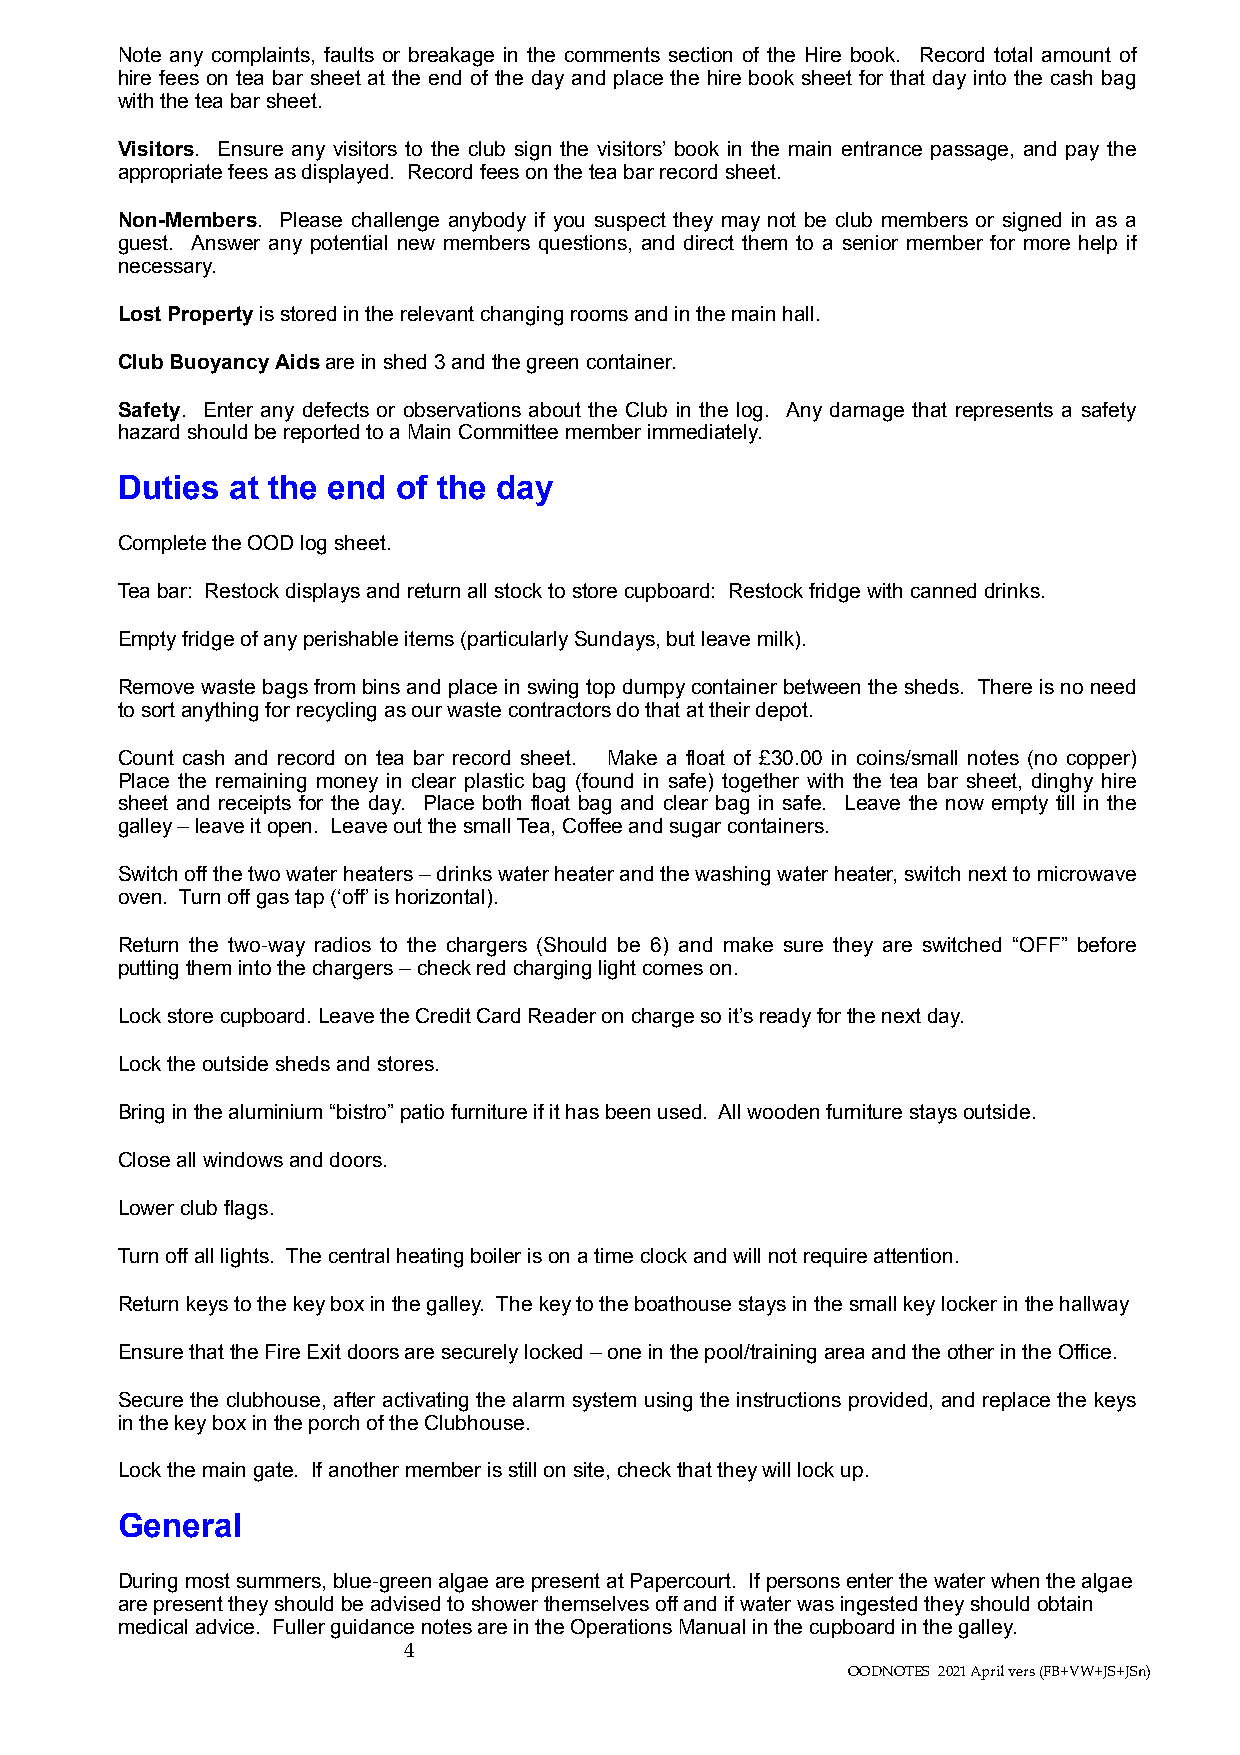
Note any complaints, faults or breakage in the comments section of the Hire book. Record total amount of
 hire fees on tea bar sheet at the end of the day and place the hire book sheet for that day into the cash bag
 with the tea bar sheet.
 Visitors. Ensure any visitors to the club sign the visitors’ book in the main entrance passage, and pay the
 appropriate fees as displayed. Record fees on the tea bar record sheet.
 Non-Members. Please challenge anybody if you suspect they may not be club members or signed in as a
 guest. Answer any potential new members questions, and direct them to a senior member for more help if
 necessary.
 Lost Property is stored in the relevant changing rooms and in the main hall.
 Club Buoyancy Aids are in shed 3 and the green container.
 Safety. Enter any defects or observations about the Club in the log. Any damage that represents a safety
 hazard should be reported to a Main Committee member immediately.
 Duties at the end of the day
 Complete the OOD log sheet.
 Tea bar: Restock displays and return all stock to store cupboard: Restock fridge with canned drinks.
 Empty fridge of any perishable items (particularly Sundays, but leave milk).
 Remove waste bags from bins and place in swing top dumpy container between the sheds. There is no need
 to sort anything for recycling as our waste contractors do that at their depot.
 Count cash and record on tea bar record sheet. Make a float of £30.00 in coins/small notes (no copper)
 Place the remaining money in clear plastic bag (found in safe) together with the tea bar sheet, dinghy hire
 sheet and receipts for the day. Place both float bag and clear bag in safe. Leave the now empty till in the
 galley – leave it open. Leave out the small Tea, Coffee and sugar containers.
 Switch off the two water heaters – drinks water heater and the washing water heater, switch next to microwave
 oven. Turn off gas tap (‘off’ is horizontal).
 Return the two-way radios to the chargers (Should be 6) and make sure they are switched “OFF” before
 putting them into the chargers – check red charging light comes on.
 Lock store cupboard. Leave the Credit Card Reader on charge so it’s ready for the next day.
 Lock the outside sheds and stores.
 Bring in the aluminium “bistro” patio furniture if it has been used. All wooden furniture stays outside.
 Close all windows and doors.
 Lower club flags.
 Turn off all lights. The central heating boiler is on a time clock and will not require attention.
 Return keys to the key box in the galley. The key to the boathouse stays in the small key locker in the hallway
 Ensure that the Fire Exit doors are securely locked – one in the pool/training area and the other in the Office.
 Secure the clubhouse, after activating the alarm system using the instructions provided, and replace the keys
 in the key box in the porch of the Clubhouse.
 Lock the main gate. If another member is still on site, check that they will lock up.
 General
 During most summers, blue-green algae are present at Papercourt. If persons enter the water when the algae
 are present they should be advised to shower themselves off and if water was ingested they should obtain
 medical advice. Fuller guidance notes are in the Operations Manual in the cupboard in the galley.
 4
 OODNOTES 2021 April vers (FB+VW+JS+JSn)